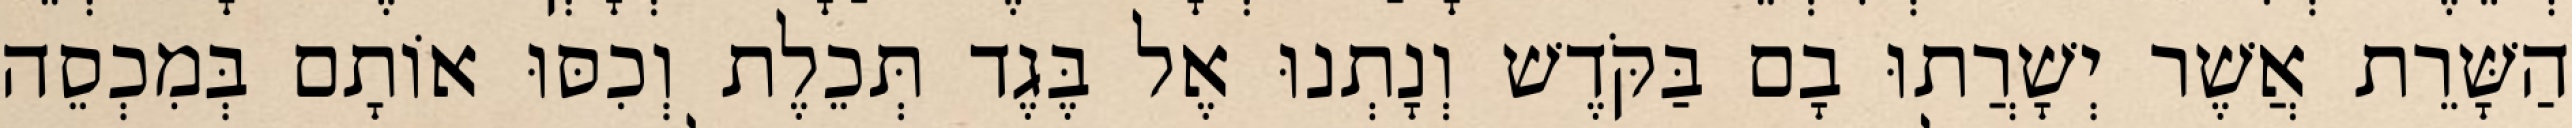
הַשָּׁרֵת אֲשֶׁר יְשָׁרֲתוּ בָם בַּקֹּדֶשׁ וְנָתְנוּ אֶל בֶּגֶד תְּכֵלֶת וְכִסּוּ אוֹתָם בְּמִכְסֵה